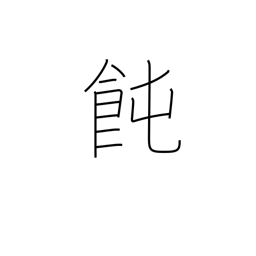
Meaning: Japanese noodles